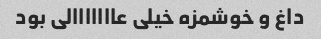
داغ و خوشمزه خیلی عااااااالی بود